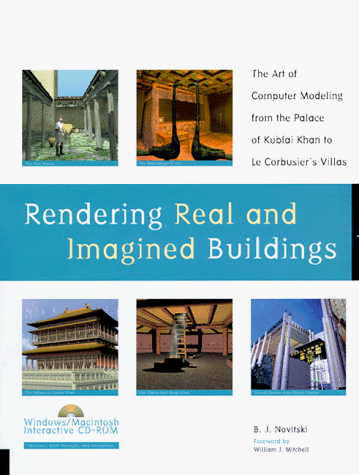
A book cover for Rendering Real and Imagined Buildings - The Art of Computer Modeling Book with CD; B. J. Novitski; Computers & Technology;